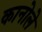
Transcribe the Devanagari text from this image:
कानोले